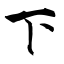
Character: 下